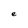
Character: e